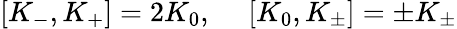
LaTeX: [K_{-},K_{+}]=2K_{0},~~~~~[K_{0},K_{\pm}]=\pm K_{\pm}